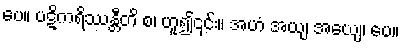
ပေ။ ပဋိကရိဿန္တီတိ စ၊ ဟူ၍၎င်း။ အဟံ အယျ အယျေ၊ ပေ။